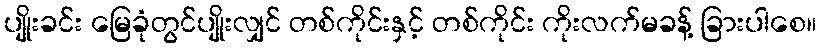
ပျိုးခင်း မြေခုံတွင်ပျိုးလျှင် တစ်ကိုင်းနှင့် တစ်ကိုင်း ကိုးလက်မခန့် ခြားပါစေ။